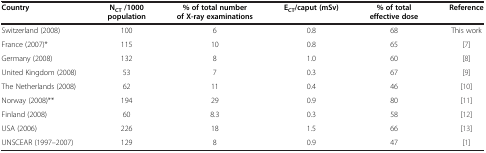
<table><thead><tr><td><b>Country</b></td><td><b>N<sub>CT </sub>/1000 population</b></td><td><b>% of total number of X-ray examinations</b></td><td><b>E<sub>CT</sub>/caput (mSv)</b></td><td><b>% of total effective dose</b></td><td><b>Reference</b></td></tr></thead><tbody><tr><td>Switzerland (2008)</td><td>100</td><td>6</td><td>0.8</td><td>68</td><td>This work</td></tr><tr><td>France (2007)*</td><td>115</td><td>10</td><td>0.8</td><td>65</td><td>[7]</td></tr><tr><td>Germany (2008)</td><td>132</td><td>8</td><td>1.0</td><td>60</td><td>[8]</td></tr><tr><td>United Kingdom (2008)</td><td>53</td><td>7</td><td>0.3</td><td>67</td><td>[9]</td></tr><tr><td>The Netherlands (2008)</td><td>62</td><td>11</td><td>0.4</td><td>46</td><td>[10]</td></tr><tr><td>Norway (2008)**</td><td>194</td><td>29</td><td>0.9</td><td>80</td><td>[11]</td></tr><tr><td>Finland (2008)</td><td>60</td><td>8.3</td><td>0.3</td><td>58</td><td>[12]</td></tr><tr><td>USA (2006)</td><td>226</td><td>18</td><td>1.5</td><td>66</td><td>[13]</td></tr><tr><td>UNSCEAR (1997–2007)</td><td>129</td><td>8</td><td>0.9</td><td>47</td><td>[1]</td></tr></tbody></table>